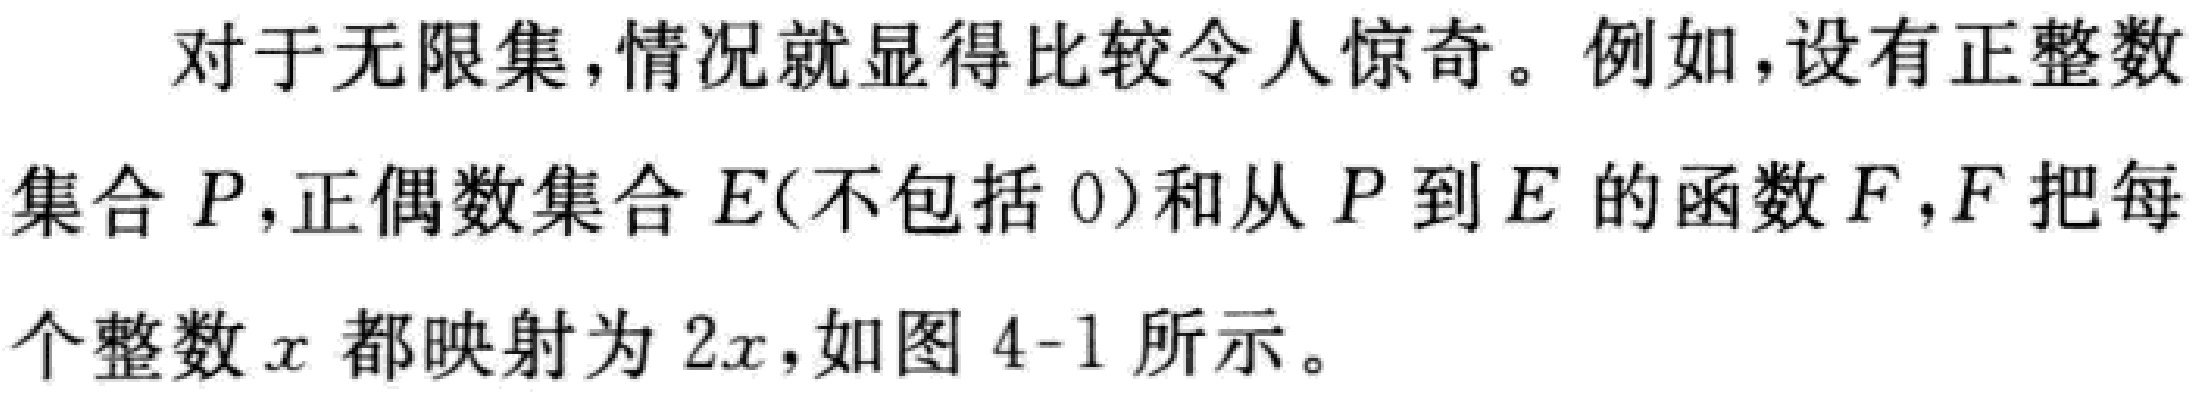
对于无限集,情况就显得比较令人惊奇。例如,设有正整数集合 \(P\),正偶数集合 \(E\)(不包括 \(0\))和从 \(P\) 到 \(E\) 的函数 \(F\),\(F\) 把每个整数 \(x\) 都映射为 \(2x\),如图 \(4 - 1\) 所示。